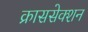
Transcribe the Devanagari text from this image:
क्राससेक्शन